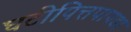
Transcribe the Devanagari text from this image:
घटीपित्तपापडा